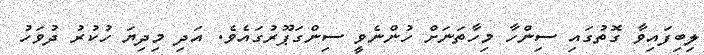
ލިބިފައިވާ ގޮތުގައި ސިންހާ މިހާތަނަށް ހުންނެވީ ސިންގަޕޫރުގައެވެ. އަދި މިދިޔަ ހުކުރު ދުވަހު